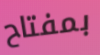
بمفتاح